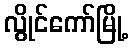
လွိုင်ကော်မြို့